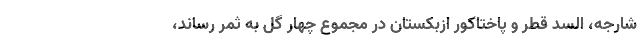
شارجه، السد قطر و پاختاکور ازبکستان در مجموع چهار گل به ثمر رساند،